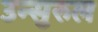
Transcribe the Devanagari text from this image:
उन्सुरुल